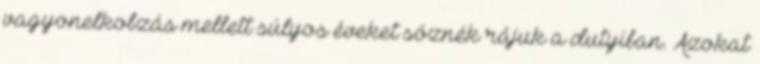
vagyonelkobzás mellett súlyos éveket sóznék rájuk a dutyiban. Azokat